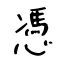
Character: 憑